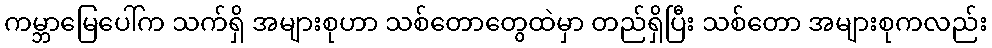
ကမ္ဘာမြေပေါ်က သက်ရှိ အများစုဟာ သစ်တောတွေထဲမှာ တည်ရှိပြီး သစ်တော အများစုကလည်း